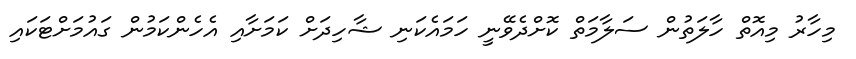
މިހާރު މިއޮތް ހާލަތުން ސަލާމަތް ކޮށްދެވޭނީ ހަމައެކަނި ޝާހިދަށް ކަމަށާއި އެހެންކަމުން ގައުމަށްޓަކައި